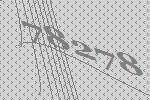
78278